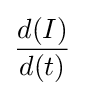
{d(I) \over d(t)}